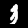
Digit: 3